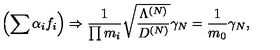
\left( \sum \alpha _ { i } f _ { i } \right) \Rightarrow \frac { 1 } { \prod m _ { i } } \sqrt { \frac { \Lambda ^ { ( N ) } } { D ^ { ( N ) } } } \gamma _ { N } = \frac { 1 } { m _ { 0 } } \gamma _ { N } ,